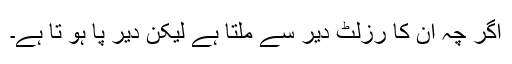
اگر چہ ان کا رزلٹ دیر سے ملتا ہے لیکن دیر پا ہو تا ہے۔